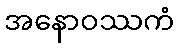
အနောဝဿကံ